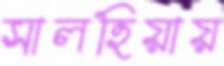
সালহিয়ায়